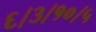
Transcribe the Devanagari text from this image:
६।३।१०।५